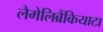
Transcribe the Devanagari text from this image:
लैमेलिब्रैंकियाटा